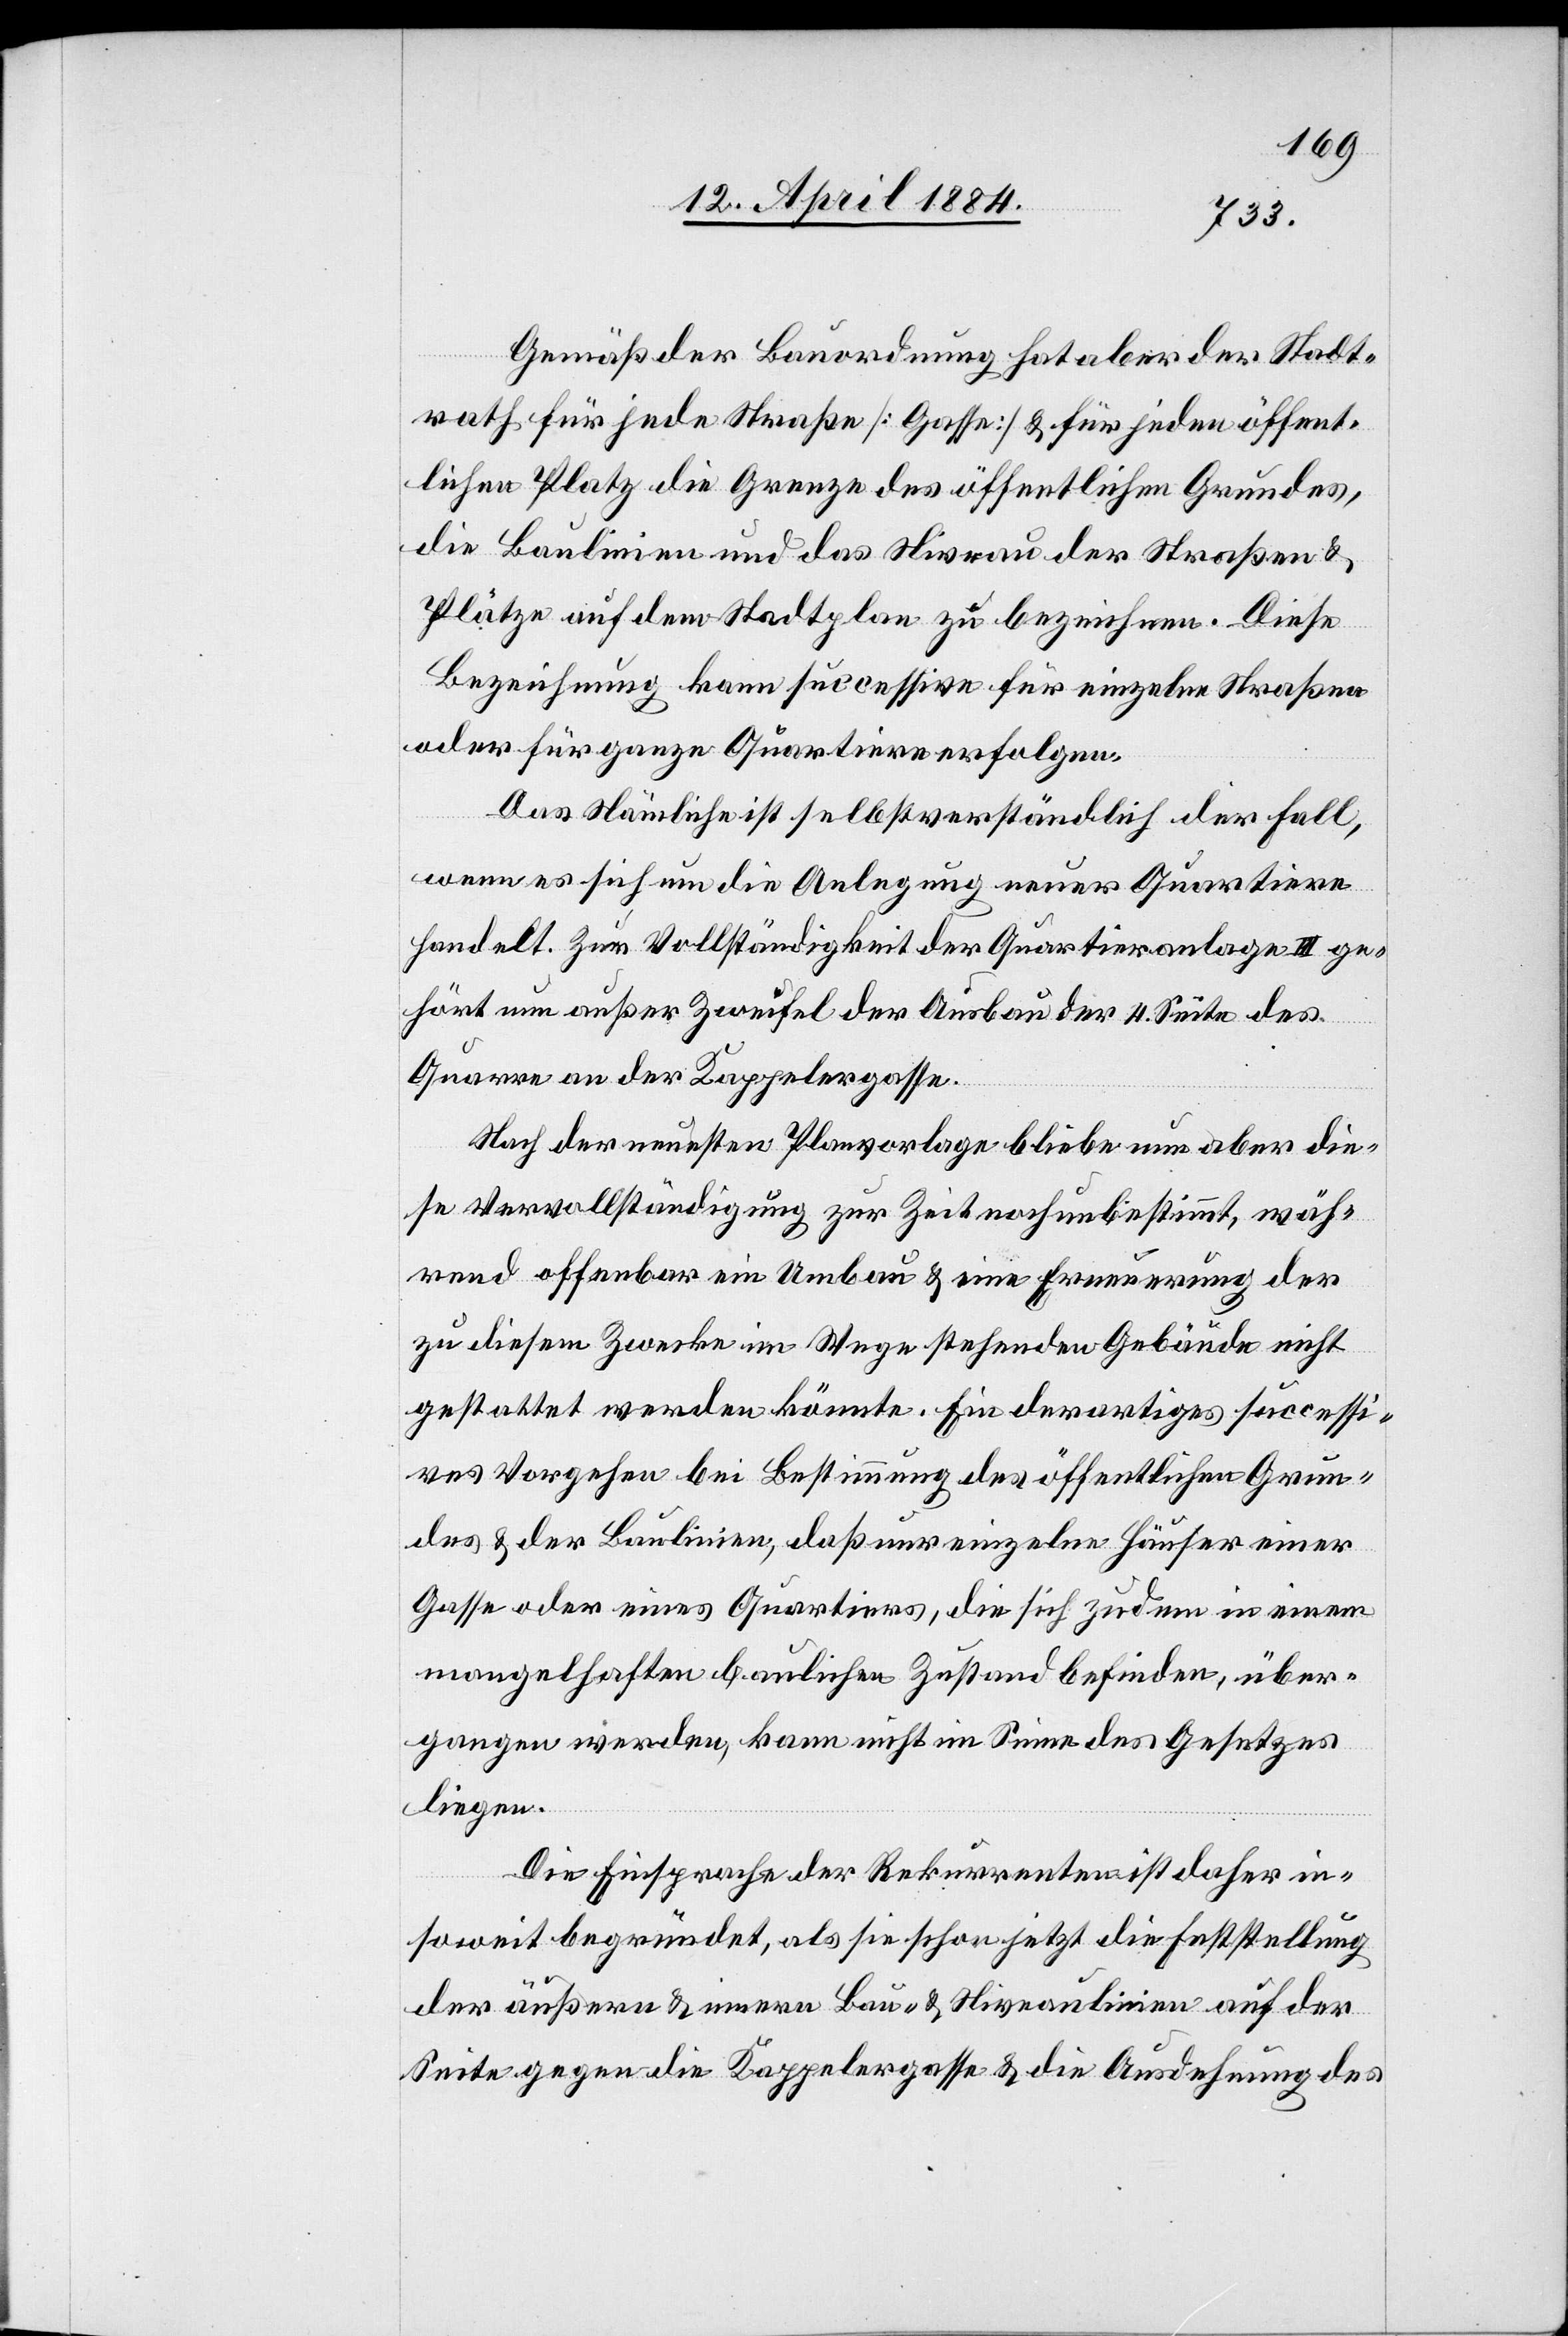
Gemäß der Bauordnung hat aber der Stadt¬
rath für jede Straße [Gasse] & für jeden öffent¬
lichen Platz die Grenze des öffentlichen Grundes,
die Baulinien und das Niveau der Straßen &
Plätze auf dem Stadtplan zu bezeichnen. Diese
Bezeichnung kann successive für einzelne Straßen
oder für ganze Quartiere erfolgen.
Das Nämliche ist selbstverständlich der Fall,
wenn es sich um die Anlegung neuer Quartiere
handelt. Zur Vollständigkeit der Quartieranlage III ge¬
hört nun außer Zweifel der Ausbau der 4. Seite des
Quarre an der Kappelergasse.
Nach der neuesten Planvorlage bleibe nun aber die¬
se Vervollständigung zur Zeit noch unbestimmt, wäh¬
rend offenbar ein Umbau & eine Erneuerung der
zu diesem Zwecke im Wege stehenden Gebäude nicht
gestattet werden könnte. Ein derartiges successi¬
ves Vorgehen bei Bestimmung des öffentlichen Grun¬
des & der Baulinien, daß nur einzelne Häuser einer
Gasse oder eines Quartieres, die sich zudem in einem
mangelhaften baulichen Zustand befinden, über¬
gangen werden, kann nicht im Sinne des Gesetzes
liegen.
Die Einsprache der Rekurrenten ist daher in¬
soweit begründet, als sie schon jetzt die Feststellung
der äußeren & innern Bau- & Niveaulinien auf der
Seite gegen die Kappelergasse & die Ausdehnung des